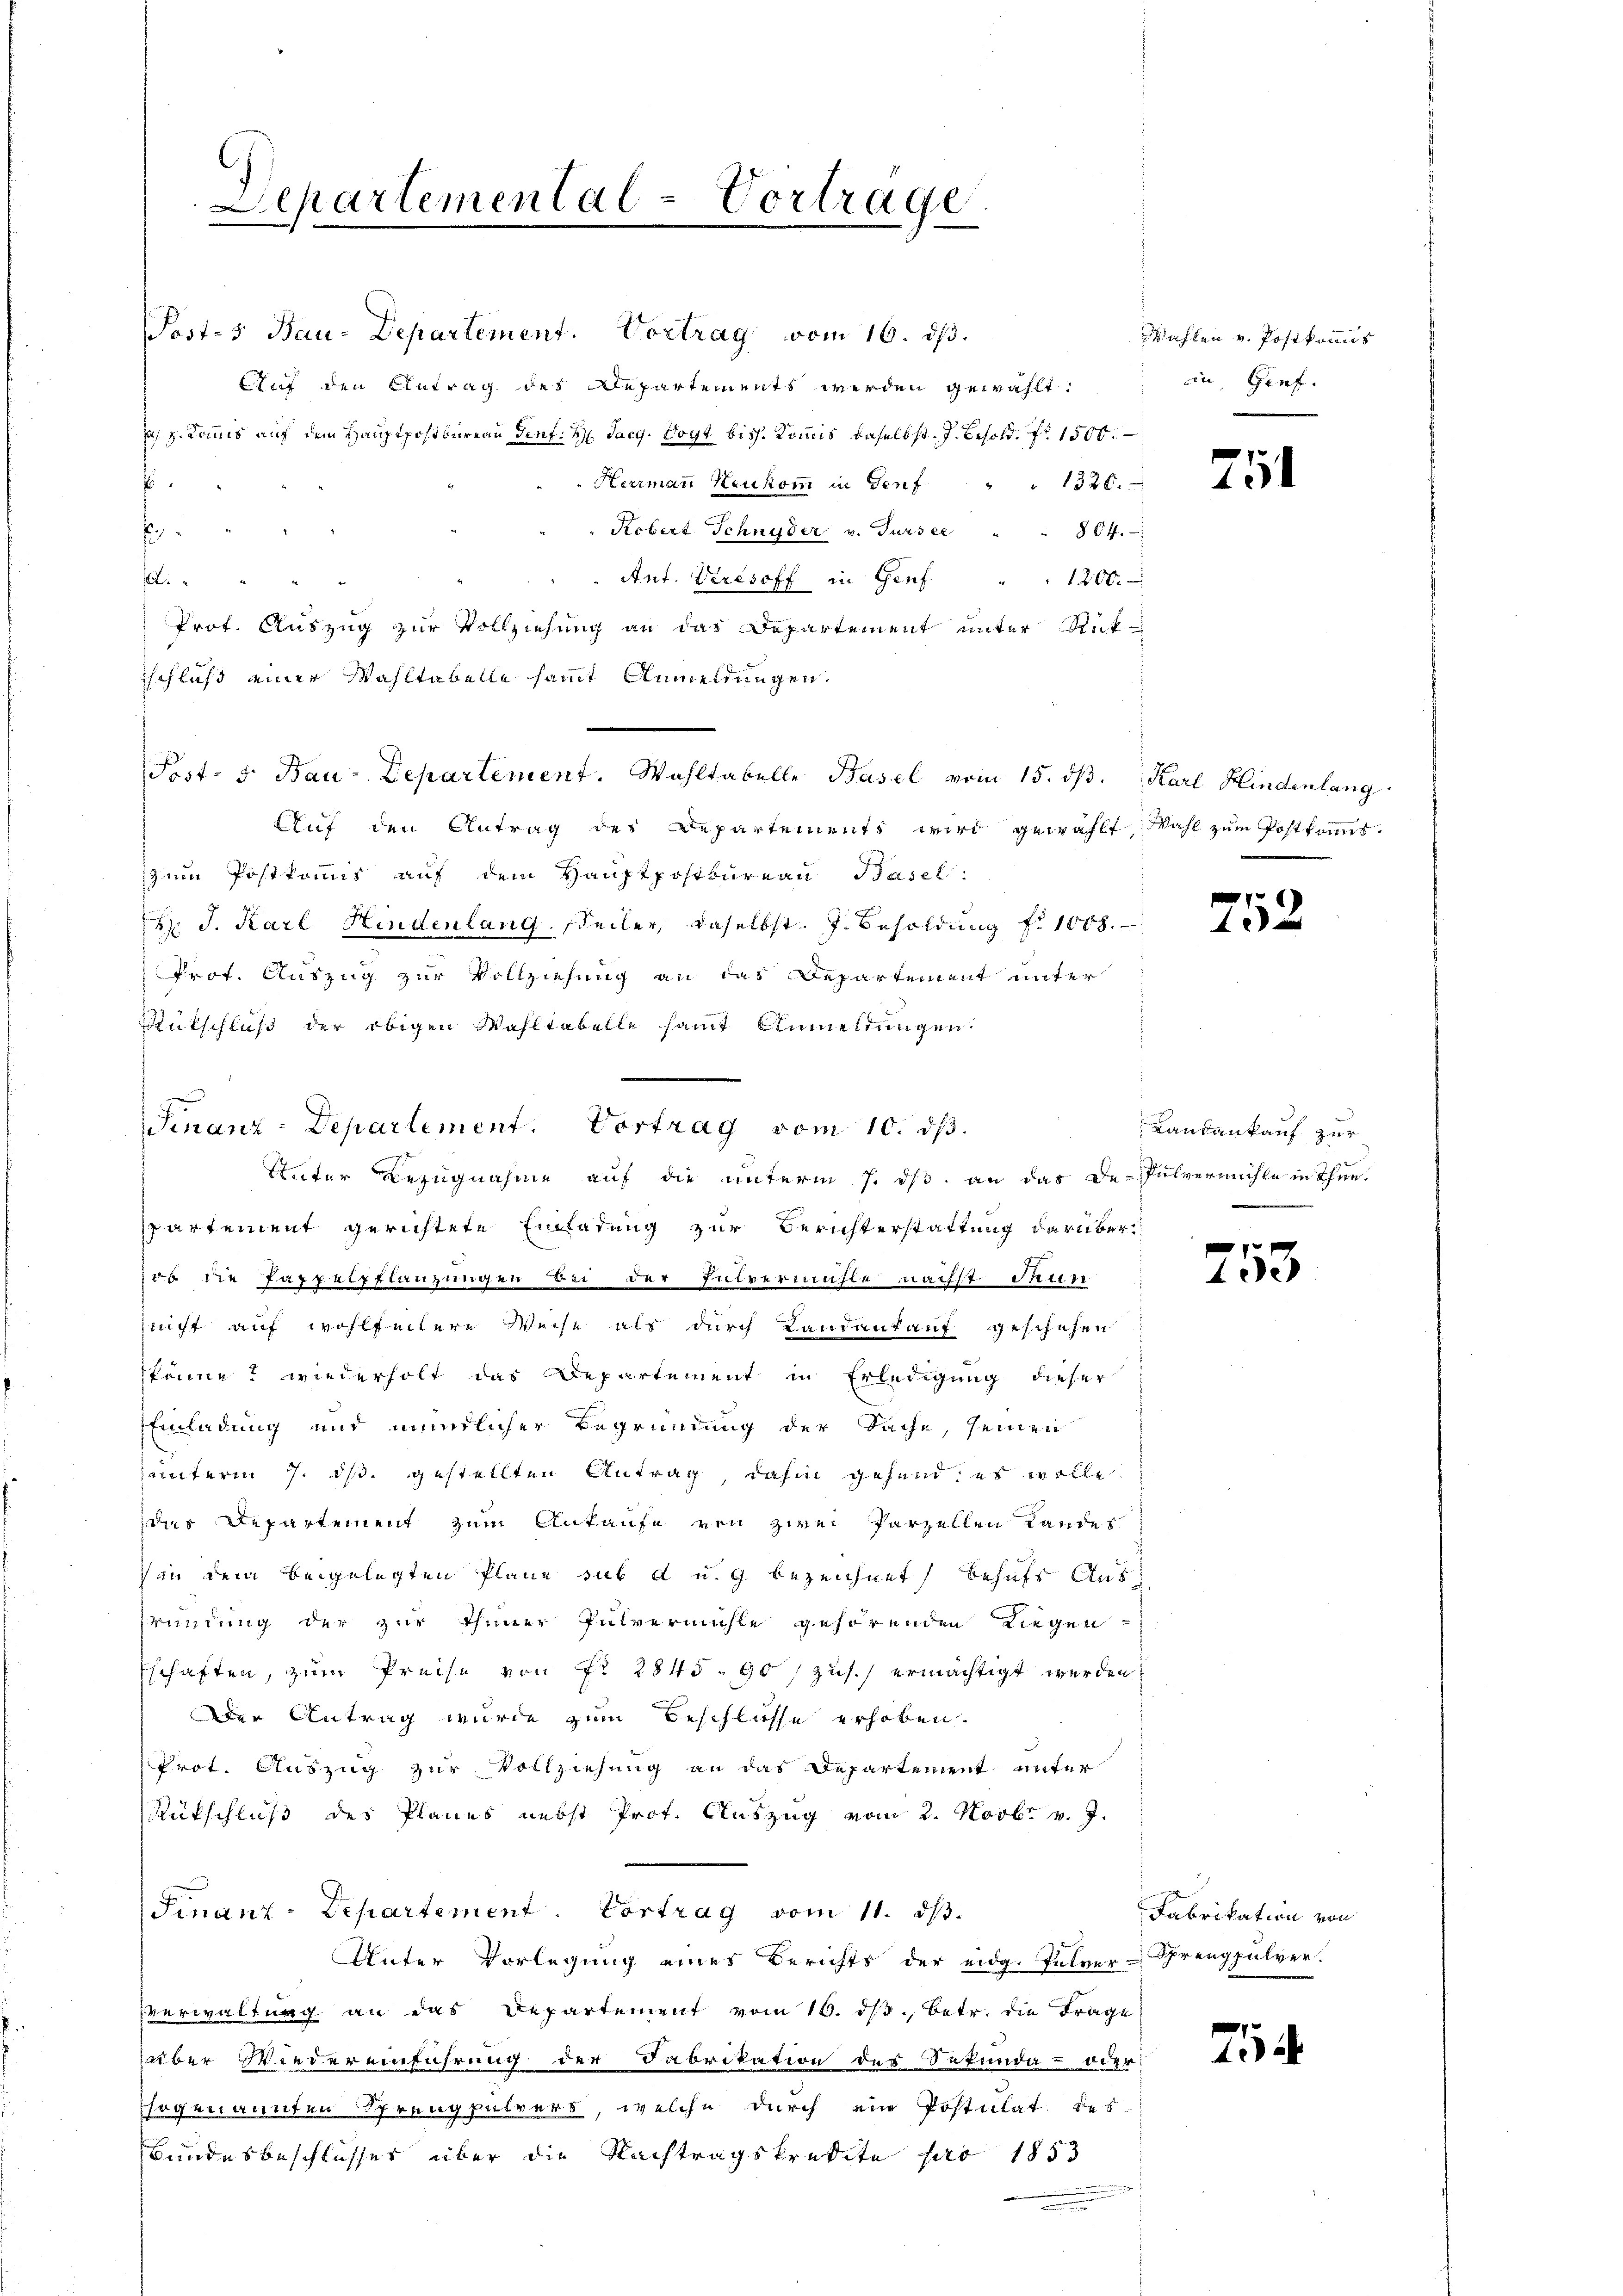
Separtemental-Vortrage

Postes Bau-Departement. Vortrag vom 16. ds.
Auf den Eintrag des Departements werden gewählt:
a. g. Kommis auf dem Hauptpostbureau Genf. H. Sarg. Vogt biss. Kommis daselbst. J. Besold. fr. 1500.
E
Hermann Neukom in Genf " " 1320.
f
Rebert Schnyder v. Tursee
fli
Ant. Veresoff in Genf
1200.
Prof. Auszug zur Vollziehung an das Departement unter Rück-
sschluß einer Wahltabelle sammt Anmeldungen,
Post- 5. Bau-Departement. Wahltabelle Basel vom 15. ds.
Auf den Antrag der Departements wird gewählt, Wahl zum Postkons
zum Postkommis auf dem Hauptpostbureau Basel:
 J. Karl Hindenlang Seiler, daselbst. J. Besoldung f. 1008.
Prof. Auszug zur Vollziehung an das Departement unter
Rutschluß der obigen Wahltabelle samt Anmeldungen:
Unter Bezugnahme auf die unterm 7. ds. an das De-Pulvermühle in Thun.
partement gerichtete Einladung zur Berichterstattung darüberub die Pappelpflanzungen bei der Entvermühle nächst Musi
nicht auf wohlfeitere Weise als durch Landankauf geschehen
könne? wiederholt das Departement in Erledigung dieser
EEinladung und mündlicher Begründung der Sache, seinen
unterm 7. ds. gestellten Antrag, dahin gehand; es wolle
das Departement zum Ankaufe von zwei Parzellen Lander
in dem beigelegten Plane sub d u. g bezeichnet behufs Ausründung der zur Thuner Pulvermühle gehörenden Liegen
Eschaften, zum Preise von Nr. 2845. 901 zus.) ermächtigt werden.
Der Antrag wurde zum Beschlüsse erhoben.
Prot. Auszug zur Vollziehung an das Departement unter
Rütschluß des Planes nebst Prot. Auszug vom 2. Novbr. v. J.
Finanz-Departement. Vortrag vom 11. ds.
Unter Vorlegung eines Berichts der eidg. Pulver-Sprengpulver.
verwaltung an das Departement vom 16. dβ betr. die Frage
über Wiedereinführung der Fabrikation des Sekunda-00r
hogenannten Sprengpulvers, welche durch ein Postulat des
Bundesbeschlusses über die Nachtragskredite pro 1853

Finanz-Departement. Vortrag vom 10. ds.

§ 64.

Wahlen v. Postkomis
in, Genf.

2

Karl Hindenlang

752.

Landankauf zur
.

0 f 0 x
40.

Fabrikation von

75